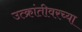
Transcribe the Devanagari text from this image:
उत्क्रांतीवरच्या